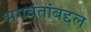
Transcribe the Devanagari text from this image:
भगवंतांबद्दल